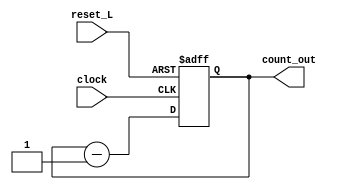
module down_counter(
input clock,
input reset_L,
output [3:0] count_out
    );
    reg [3:0] count = 'b1;
    assign count_out = count;
    
    always @ (posedge clock, negedge reset_L)
    begin
    if(!reset_L)
    count <= 'b1;
    else
    count <= count - 1'b1;
    end
endmodule